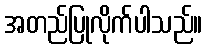
အတည်ပြုလိုက်ပါသည်။